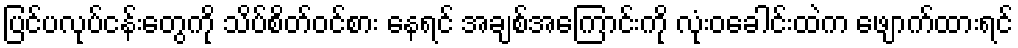
ပြင်ပလုပ်ငန်းတွေကို သိပ်စိတ်ဝင်စား နေရင် အချစ်အကြောင်းကို လုံးဝခေါင်းထဲက ဖျောက်ထားရင်